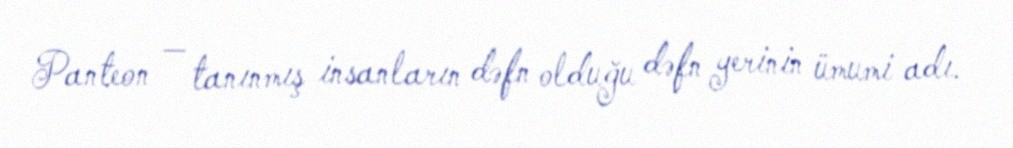
Panteon — tanınmış insanların dəfn olduğu dəfn yerinin ümumi adı.